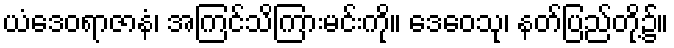
ယံဒေဝရာဇာနံ၊ အကြင်သိကြားမင်းကို။ ဒေဝေသု၊ နတ်ပြည်တို့၌။